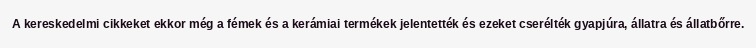
A kereskedelmi cikkeket ekkor még a fémek és a kerámiai termékek jelentették és ezeket cserélték gyapjúra, állatra és állatbőrre.